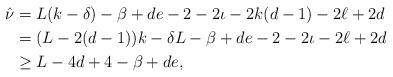
LaTeX: \begin{align*}\hat \nu&=L(k-\delta)-\beta+de-2 -2\iota-2k(d-1)-2\ell+2d\\&=(L-2(d-1))k-\delta L-\beta+de-2 -2\iota-2\ell+2d\\&\geq L-4d+4-\beta+de,\end{align*}